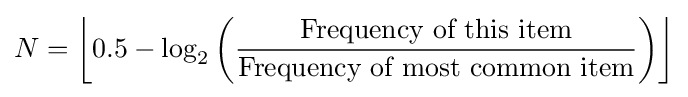
N=\left\lfloor 0.5-\log _{2}\left({\frac {\text{Frequency of this item}}{\text{Frequency of most common item}}}\right)\right\rfloor